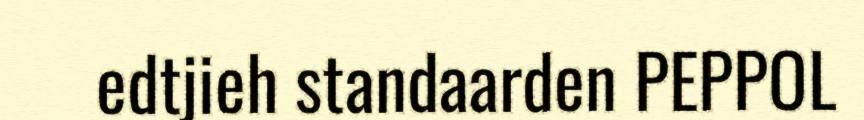
edtjieh standaarden PEPPOL